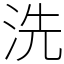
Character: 洗